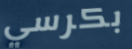
بكرسي